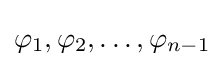
\varphi _{1},\varphi _{2},\ldots ,\varphi _{n-1}